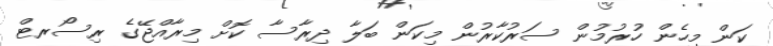
ކަން މިހެން ހުރުމުން ސަރުކާރުން މިކަން ބަލާ ދިރާސާ ކޮށް މިރާއްޖޭގެ ރިސޯރޓް